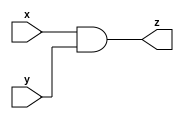
module and_gate (x, y, z);
  input x;
  input y;
  output z;

  assign z = (x&y) ;


endmodule

module and_3 (w,x,y,z);
  input w;
  input x;
  input y;
  output z;

  assign z =  w & x & y;
endmodule

module and_4 (v,w,x,y,z);
  input v;
  input w;
  input x;
  input y;
  output z;

  assign z = v & w & x & y;
endmodule

module and_5 (u,v,w,x,y,z);
  input u;
  input v;
  input w;
  input x;
  input y;
  output z;
  assign z = u & v & w & x & y;
endmodule